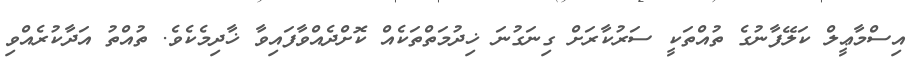
އިސްމާޢީލް ކަލޭފާނުގެ ތުއްތަކީ ސަރުކާރަށް ގިނަގުނަ ޚިދުމަތްތަކެއް ކޮށްދެއްވާފައިވާ ޚާދިމެކެވެ. ތުއްތު އަދާކުރެއްވި